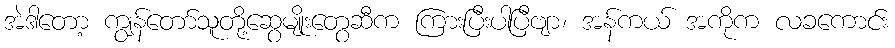
အဲဒါတော့ ကျွန်တော်သူတို့ဆွေမျိုးတွေဆီက ကြားပြီးပါပြီဗျာ၊ အန်ကယ် အကိုက လခကောင်း